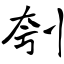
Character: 刳